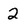
Character: 2